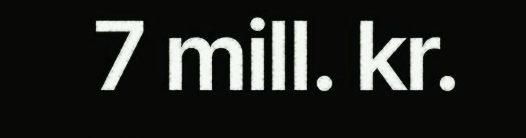
7 mill. kr.